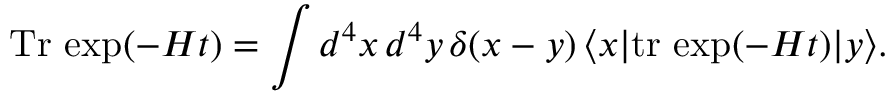
\mathrm { T r } \, \exp ( - H t ) = \int d ^ { 4 } x \, d ^ { 4 } y \, \delta ( x - y ) \, \langle x | \mathrm { t r } \, \exp ( - H t ) | y \rangle .